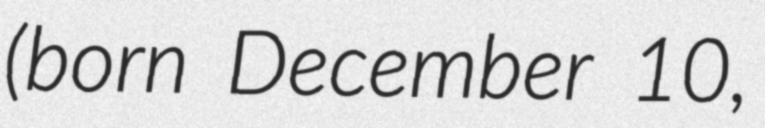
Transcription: (born December 10,